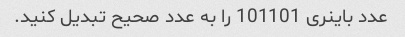
عدد باینری 101101 را به عدد صحیح تبدیل کنید.